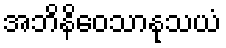
အဘိနိဝေသာနုသယံ